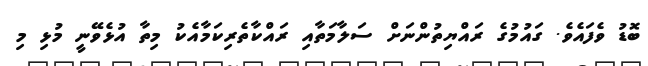
ބޮޑު ވެފައެވެ. ގައުމުގެ ރައްޔިތުންނަށް ސަލާމަތާއި ރައްކާތެރިކަމާއެކު މިތާ އުޅެވޭނީ މުޅި މި